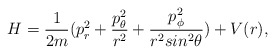
\begin{align*}H={1\over{2m}}(p_r^2+{{p_{\theta}^2}\over{r^2}}+{{p_{\phi}^2}\over{r^2sin^2\theta}})+V(r),\end{align*}